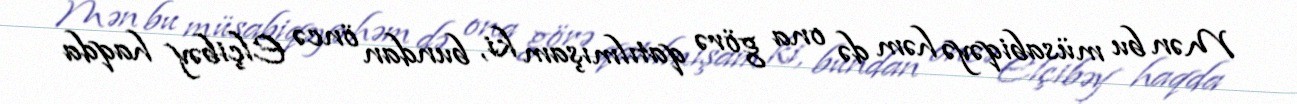
Mən bu müsabiqəyə həm də ona görə qatılmışam ki, bundan öncə Elçibəy haqda